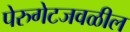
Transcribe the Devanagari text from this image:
पेरुगेटजवळील